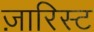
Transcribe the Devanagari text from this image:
ज़ारिस्ट